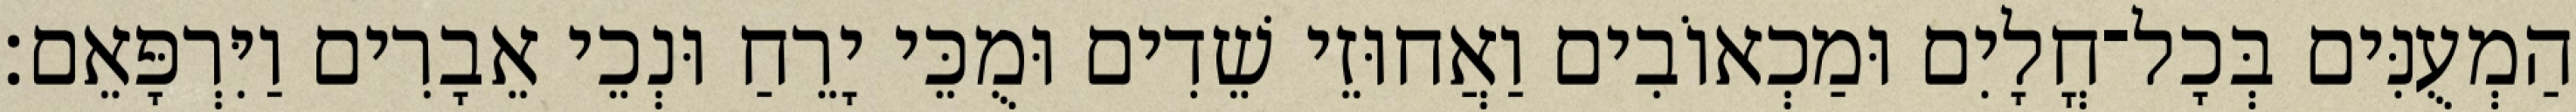
הַמְעֻנִּים בְּכָל־חֳלָיִם וּמַכְאוֹבִים וַאֲחוּזֵי שֵׁדִים וּמֻכֵּי יָרֵחַ וּנְכֵי אֵבָרִים וַיִּרְפָּאֵם׃